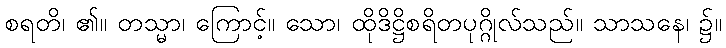
စရတိ၊ ၏။ တသ္မာ၊ ကြောင့်။ သော၊ ထိုဒိဋ္ဌိစရိတပုဂ္ဂိုလ်သည်။ သာသနေ၊ ၌။